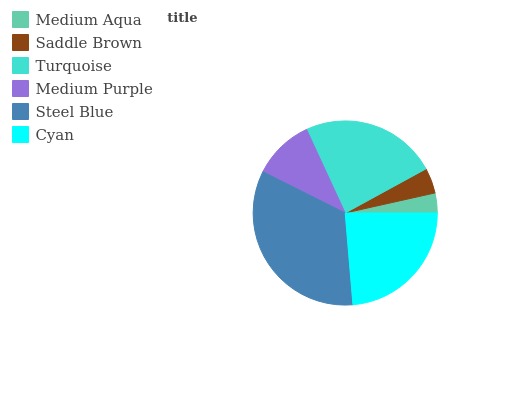
| Medium Aqua | Saddle Brown | Turquoise | Medium Purple | Steel Blue | Cyan |
 | --- | --- | --- | --- | --- | --- |
 | 3.49% | 4.47% | 23.9% | 10.7% | 33.7% | 23.7% |